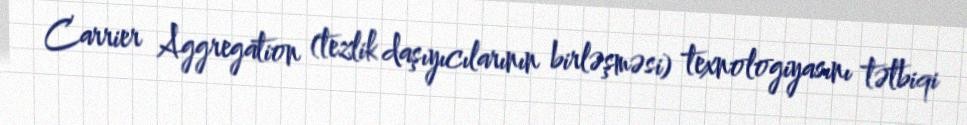
Carrier Aggregation (tezlik daşıyıcılarının birləşməsi) texnologiyasını tətbiqi